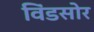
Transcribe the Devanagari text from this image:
विंडसोर